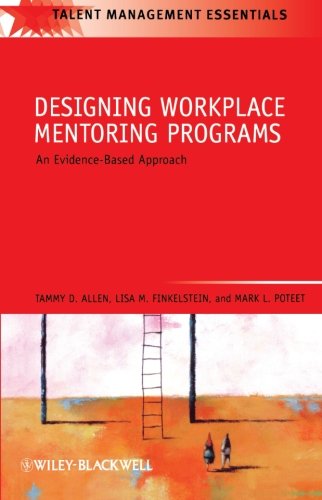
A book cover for Designing Workplace Mentoring Programs: An Evidence-Based Approach; Tammy D. Allen; Health, Fitness & Dieting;